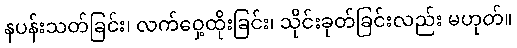
နပန်းသတ်ခြင်း၊ လက်ဝှေ့ထိုးခြင်း၊ သိုင်းခုတ်ခြင်းလည်း မဟုတ်။